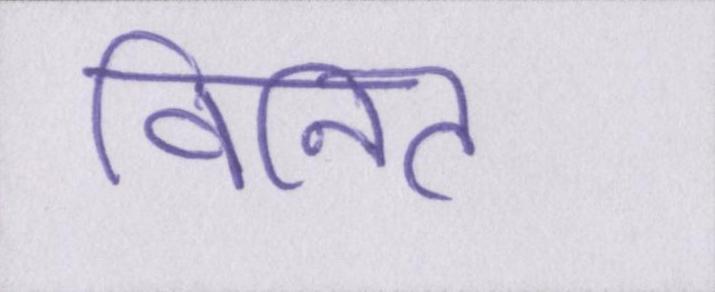
विनित